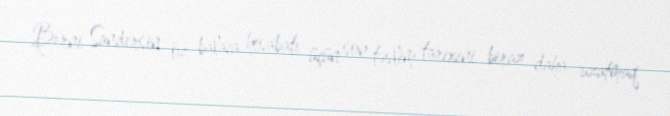
Berni Sandersin öz balaca hesabatı üçün son təslim tarixini biraz daha uzatmaq